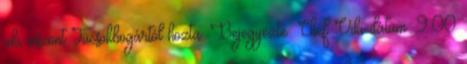
aki viszont Tücsökbogártól hozta. Bejegyezte: Chef Viki dátum: 9:00